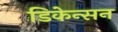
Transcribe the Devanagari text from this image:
डिकेन्सन